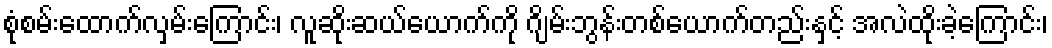
စုံစမ်းထောက်လှမ်းကြောင်း၊ လူဆိုးဆယ်ယောက်ကို ဂျိမ်းဘွန်းတစ်ယောက်တည်းနှင့် အလဲထိုးခဲ့ကြောင်း၊